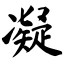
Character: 凝